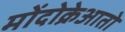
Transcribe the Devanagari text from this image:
मोंदोक्रेआतो